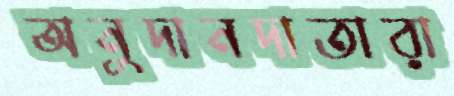
অনুদানদাতারা